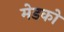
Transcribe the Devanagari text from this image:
मेडको